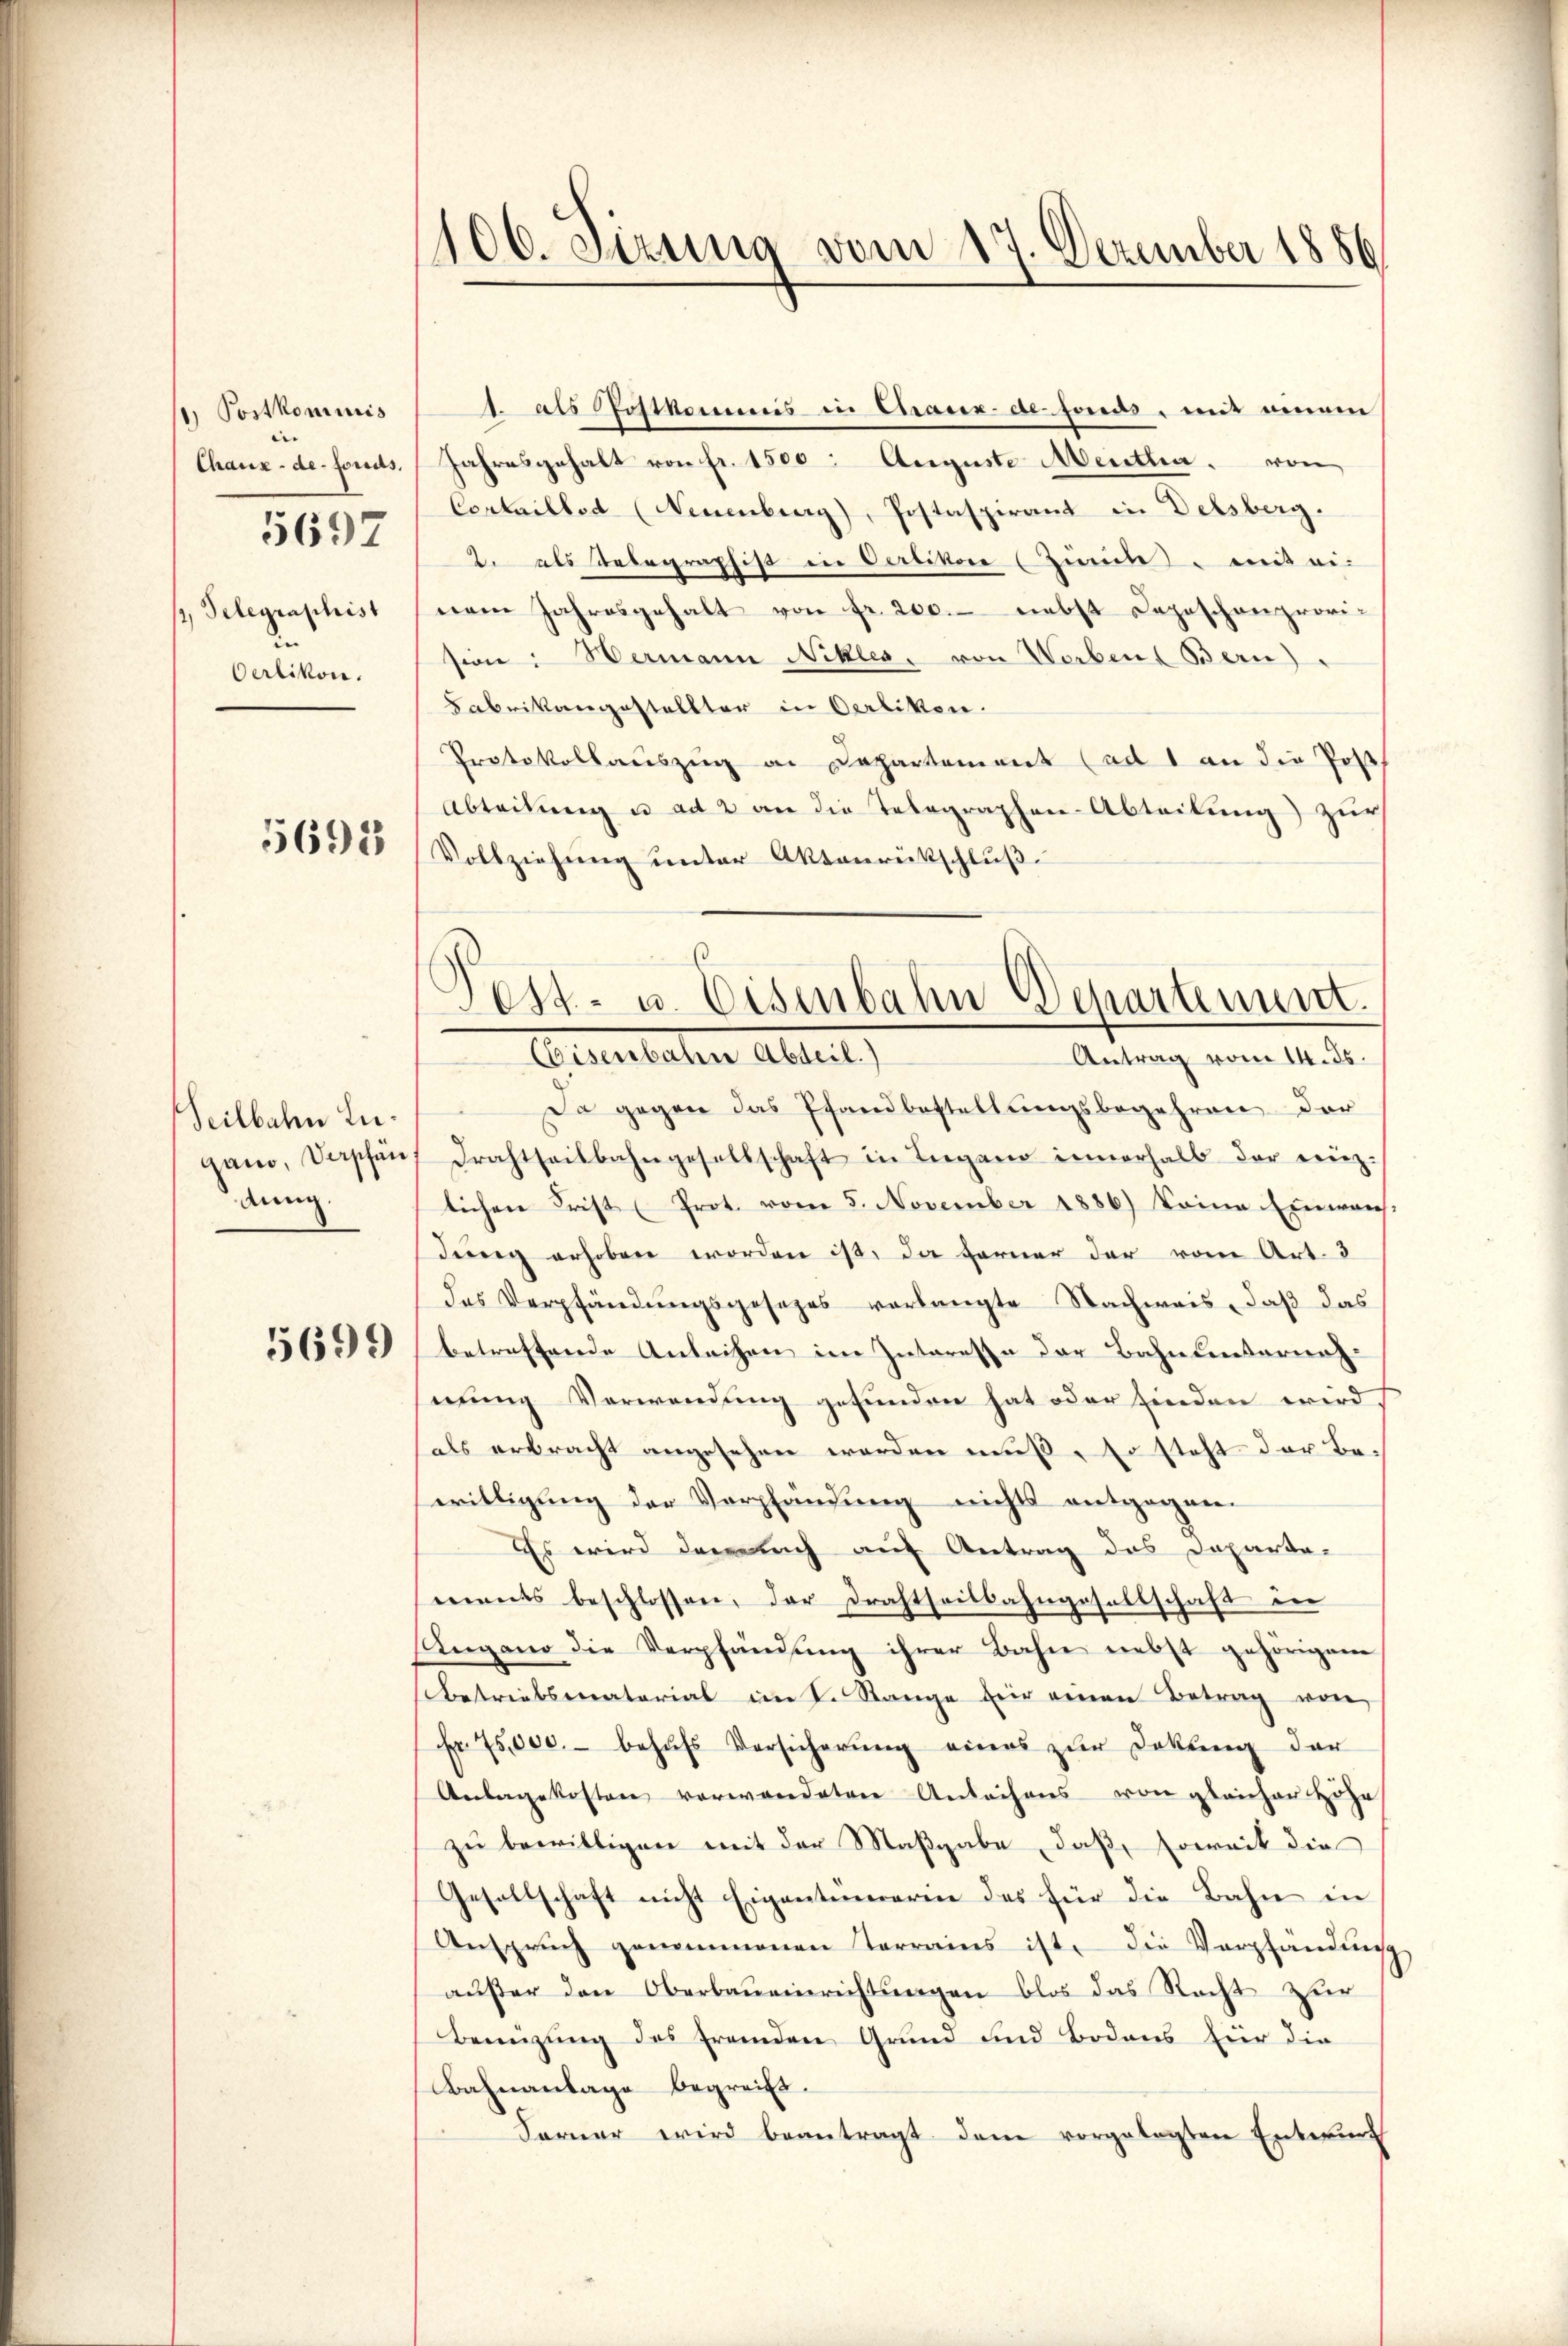
) Postkommnis
Chaux-de-Fonds,
/, Telegraphist
d
Oerlikon.

5697

5693

Seilbahn Lugand, Verpfän
Anng.

5699

106. Sizung vom 17. Dezember 1886

Jahresgehalt von fr. 1500. Auguste Mentha. von
Cortaillod (Neuenburg), Postaspirant in Delsberg.
2. als Telegraphist in Oerlikon (Zimt, mit ei-
nem Jahresgehalt von fr. 200.- nebst Depeschenprovi-
sion: Wermann Nikler, von Werbend Bern)
Fabrikangestellter in Oerliken.
Protokollauszug an Departement (ad 1 an die Post
Abteilung u ad 2 an die Telegraphen-Abteilung) zur
Vollziehung unter Aktenrückschluß.

1. als Postkommis in Chrasex-de-Fonds, mit einem

Fest- u. Eisenbahn Departement.
Eisenbachen Abteil,
Antrag vom 14. ds.

Da gegen das Pfandbestellungsbegehren der
Drahtseitbahngesellschaft in Lugano innerhalb der einz
lichen Frist Prot. vom 5. November 1886) keine Einwach-
dung erhoben worden ist, da ferner der vom Art. 3
des Verpfändungsgesezes verlangte Nachweis, daß das
betreffende Anleihen im Interesse der Bahnlinterung
mung Verwendung gefunden hat oder finden wird
als erbracht angesehen werden muß, so steht der Bewilligung der Verpfändung nichts entgegen.
Es wird darnach auf Antrag des Departa-
ments beschlossen, der Drahtseitbahngesellschaft in
Augano die Verpfändung ihrer Bahn nebst gehörigen
betriebstatorial im K. Range für einen Betrag von
Fr. 75,000.- behŭfs Versicherŭng eines zur Dekŭng der
Anlagekosten verwendeten Antechens von gleicher Höhe
zu bewilligen mit der Maßgabe, daß soweit die
Gesellschaft nicht Eigentümerin des für die Bahn in
Anspruch genommenen Terrains ist, die Verpfändung
außer den Oberbaueinrichtungen blos das Recht zur
Benüzung des fremden Grund und Bodens für die
Bahnanlage begreift.
Ferner wird beantragt dem vorgelegten Entwurf